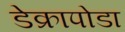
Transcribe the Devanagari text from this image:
डेक्रापोडा